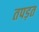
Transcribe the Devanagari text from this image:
तपड़त